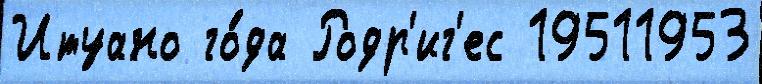
Итуано го́да Родр'иг'ес 19511953